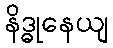
နိဒ္ဓုနေယျ